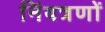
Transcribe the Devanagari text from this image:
निंयत्रणों